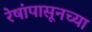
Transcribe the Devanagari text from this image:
रेषांपासूनच्या